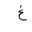
Letter: _gayn